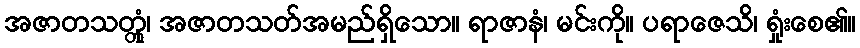
အဇာတသတ္တုံ၊ အဇာတသတ်အမည်ရှိသော။ ရာဇာနံ၊ မင်းကို။ ပရာဇေသိ၊ ရှုံးစေ၏။